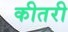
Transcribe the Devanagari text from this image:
कीतरी